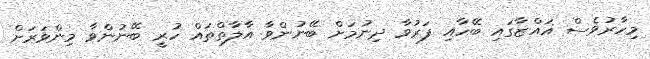
މިހާރުވެސް ޣައްޒާގައި ބޭހާއި ފަރުވާ ދިނުމަށް ބޭނުންވާ އާލާތްތައް ހުރީ ބޭނުންވާ މިންވަރަށް